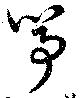
筝